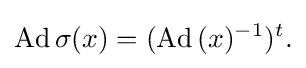
\displaystyle {\mathrm {Ad} \,\sigma (x)=(\mathrm {Ad} \,(x)^{-1})^{t}.}